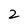
Character: 2